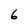
Character: 6